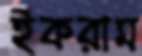
ইকরাম